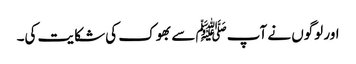
اور لوگوں نے آپﷺ سے بھوک کی شکایت کی۔